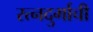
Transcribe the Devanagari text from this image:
रत्‍नदुर्गाची